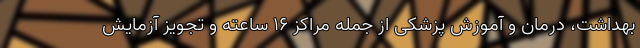
بهداشت، درمان و آموزش پزشکی از جمله مراکز ۱۶ ساعته و تجویز آزمایش